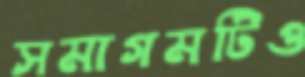
সমাগমটিও